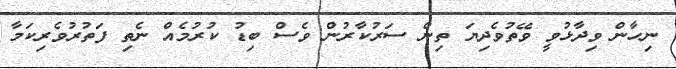
ނިހާން ވިދާޅުވީ ވޭތުވެދިޔަ ތިން ސަރުކާރުން ވެސް ބިޑު ކުރުމެއް ނެތި ފަތުރުވެރިކަމާ